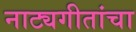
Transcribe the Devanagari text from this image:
नाट्यगीतांचा